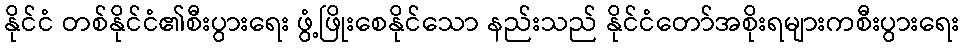
နိုင်ငံ တစ်နိုင်ငံ၏စီးပွားရေး ဖွံ့ဖြိုးစေနိုင်သော နည်းသည် နိုင်ငံတော်အစိုးရများကစီးပွားရေး